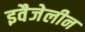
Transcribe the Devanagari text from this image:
इवैजेलीन